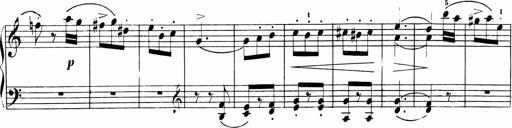
Title: Sonatinen Op.47, 98 und 136, nebst 6 Liedersonatinen
Composer: Carl Reinecke